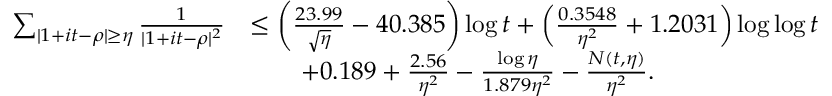
\begin{array} { r l } { \sum _ { | 1 + i t - \rho | \ge \eta } \frac { 1 } { | 1 + i t - \rho | ^ { 2 } } } & { \le \left( \frac { 2 3 . 9 9 } { \sqrt { \eta } } - 4 0 . 3 8 5 \right) \log t + \left( \frac { 0 . 3 5 4 8 } { \eta ^ { 2 } } + 1 . 2 0 3 1 \right) \log \log t } \\ & { \qquad + 0 . 1 8 9 + \frac { 2 . 5 6 } { \eta ^ { 2 } } - \frac { \log \eta } { 1 . 8 7 9 \eta ^ { 2 } } - \frac { N ( t , \eta ) } { \eta ^ { 2 } } . } \end{array}